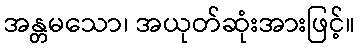
အန္တမသော၊ အယုတ်ဆုံးအားဖြင့်။